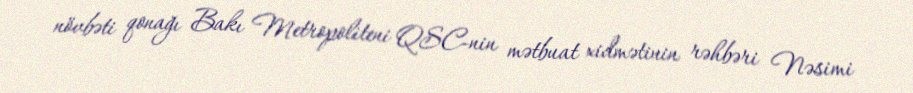
növbəti qonağı Bakı Metropoliteni QSC-nin mətbuat xidmətinin rəhbəri Nəsimi